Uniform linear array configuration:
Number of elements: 48
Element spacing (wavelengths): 0.5
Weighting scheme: cosine
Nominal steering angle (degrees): -60
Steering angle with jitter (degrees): -61.319
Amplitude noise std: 0.05
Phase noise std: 0.05

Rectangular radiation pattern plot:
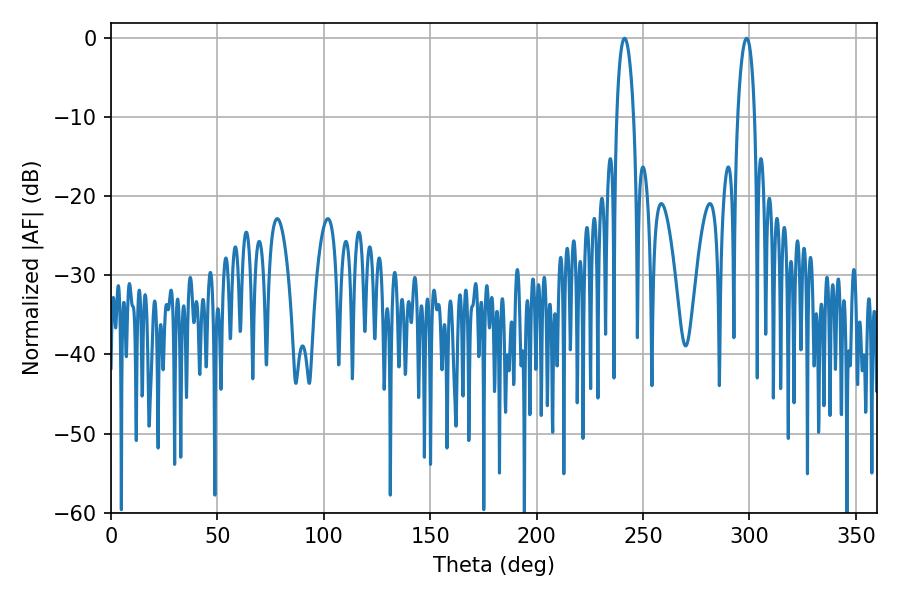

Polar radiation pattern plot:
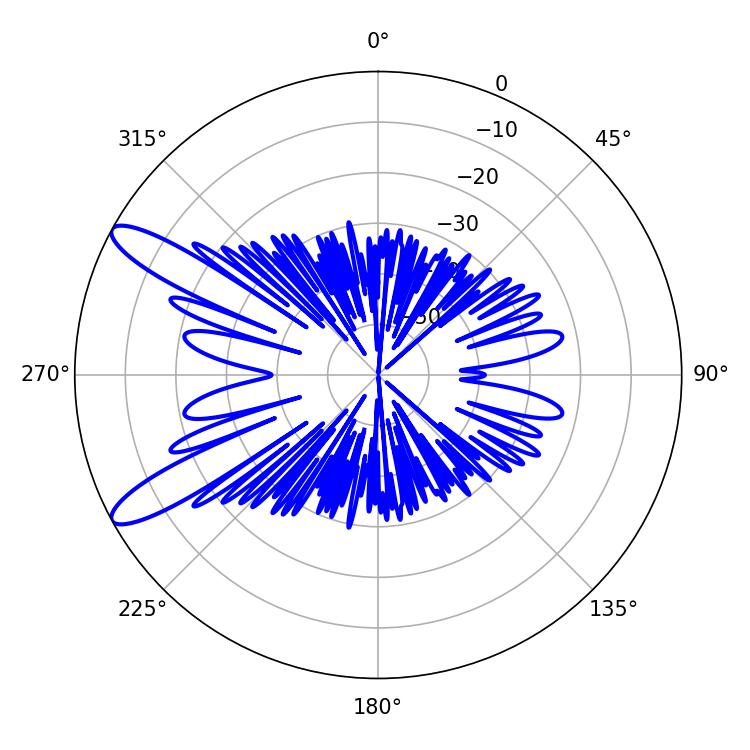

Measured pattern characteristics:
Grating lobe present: FALSE
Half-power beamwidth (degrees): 4.5
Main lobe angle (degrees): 241.38